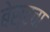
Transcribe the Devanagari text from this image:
बेस्टचा